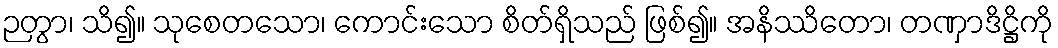
ဉတွာ၊ သိ၍။ သုစေတသော၊ ကောင်းသော စိတ်ရှိသည် ဖြစ်၍။ အနိဿိတော၊ တဏှာဒိဋ္ဌိကို